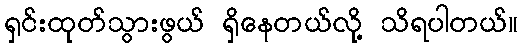
ရှင်းထုတ်သွားဖွယ် ရှိနေတယ်လို့ သိရပါတယ်။